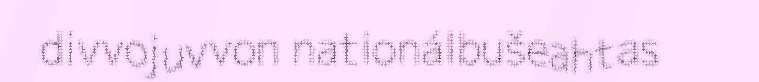
divvojuvvon nationálbušeahtas